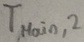
Text: TMAIN,2